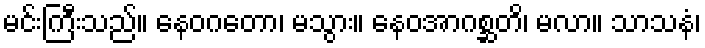
မင်းကြီးသည်။ နေဝဂတော၊ မသွား။ နေဝအာဂစ္ဆတိ၊ မလာ။ သာသနံ၊